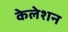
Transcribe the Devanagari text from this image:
केलेशन